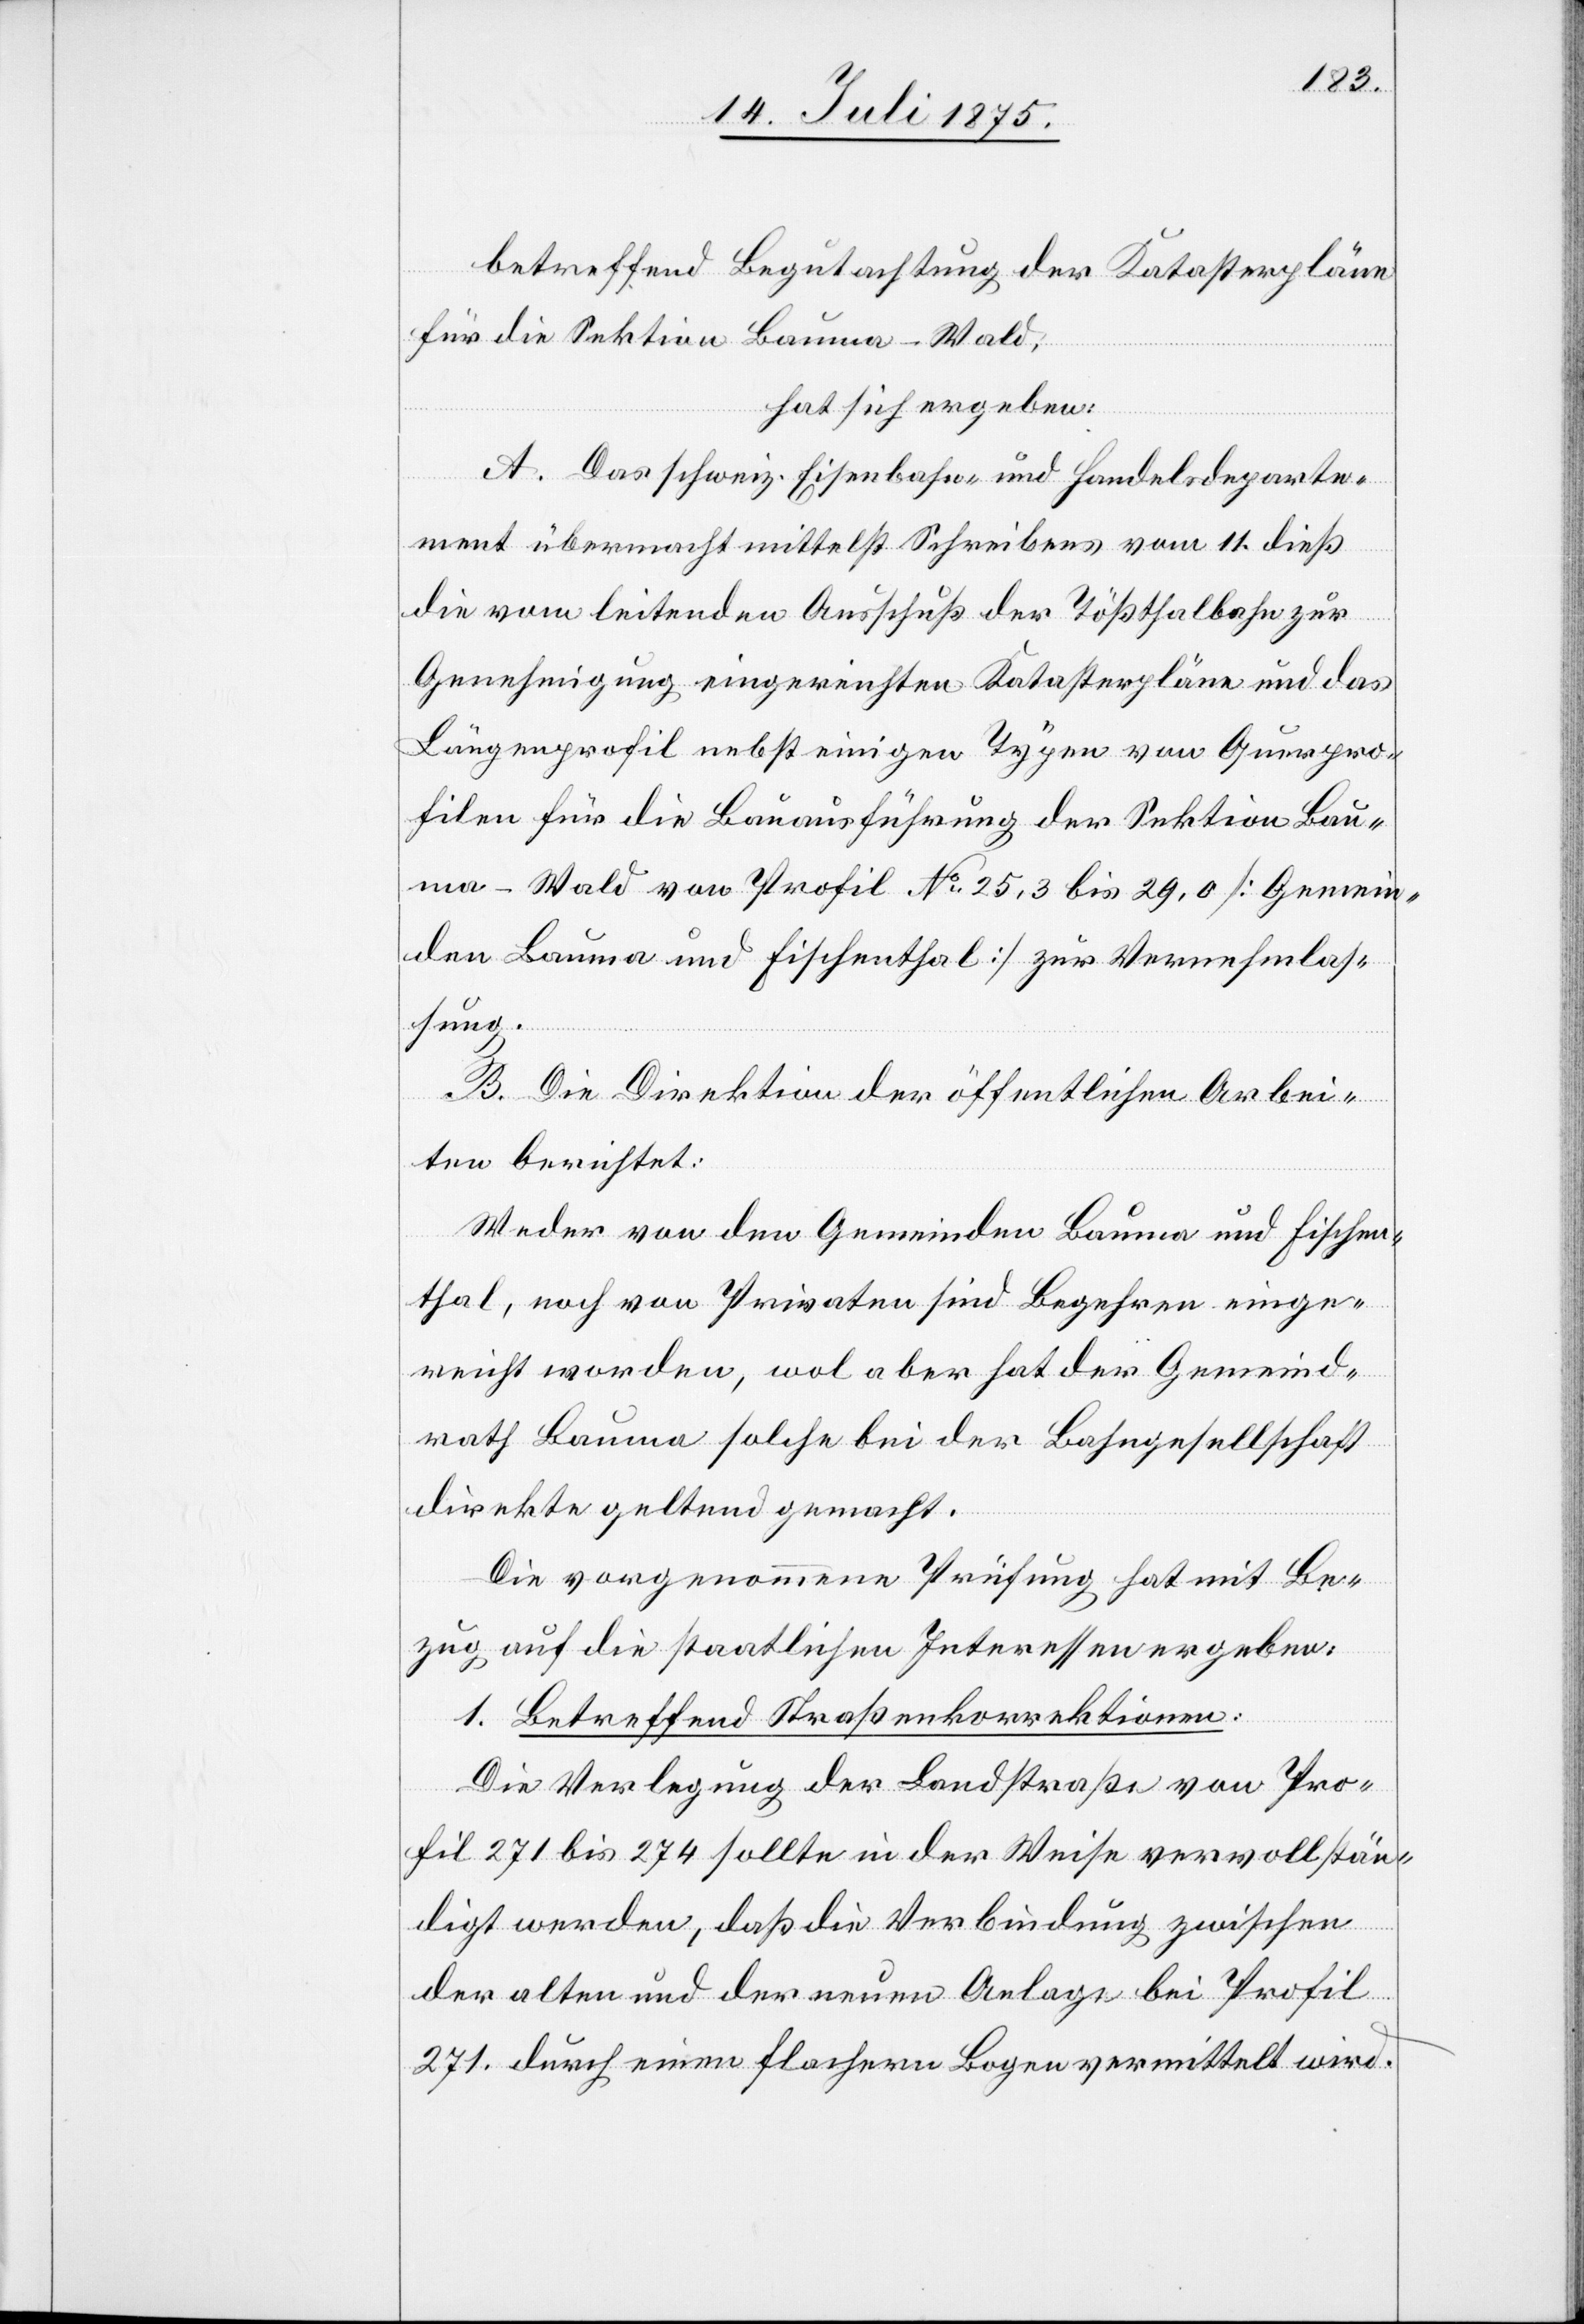
betreffend Begutachtung der Katasterpläne
für die Sektion Bauma–Wald,
hat sich ergeben:
A. Das schweiz. Eisenbahn- und Handelsdeparte¬
ment übermacht mittelst Schreibens vom 11. dieß
die vom leitenden Ausschuß der Tößthalbahn zur
Genehmigung eingereichten Katasterpläne und das
Längenprofil nebst einigen Typen von Querpro¬
filen für die Bauausführung der Sektion Bau¬
ma–Wald von Profil No 25,3 bis 29,0 [Gemein¬
den Bauma und Fischenthal] zur Vernehmlas¬
sung.
B. Die Direktion der öffentlichen Arbei¬
ten berichtet:
Weder von den Gemeinden Bauma und Fischen¬
thal, noch von Privaten sind Begehren einge¬
reicht worden, wol aber hat der Gemeind¬
rath Bauma solche bei der Bahngesellschaft
direkte geltend gemacht.
Die vorgenommene Prüfung hat mit Be¬
zug auf die staatlichen Interessen ergeben:
1. Betreffend Straßenkorrektionen:
Die Verlegung der Landstraße von Pro¬
fil 271 bis 274 sollte in der Weise vervollstän¬
digt werden, daß die Verbindung zwischen
der alten und der neuen Anlage bei Profil
271. durch einen flachern Bogen vermittelt wird.